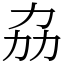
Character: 劦